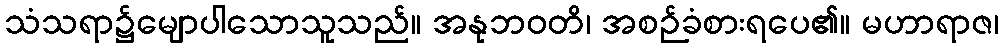
သံသရာ၌မျောပါသောသူသည်။ အနုဘဝတိ၊ အစဉ်ခံစားရပေ၏။ မဟာရာဇ၊